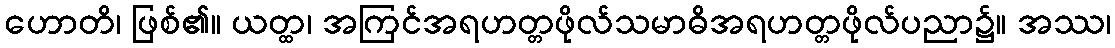
ဟောတိ၊ ဖြစ်၏။ ယတ္ထ၊ အကြင်အရဟတ္တဖိုလ်သမာဓိအရဟတ္တဖိုလ်ပညာ၌။ အဿ၊